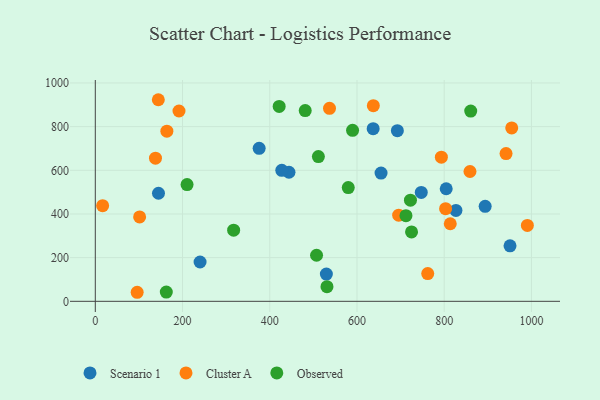
{"axis": {"x": "Price", "y": "Fuel Efficiency"}, "legend": ["Cluster A", "Observed", "Scenario 1"], "data": [{"x": "375.7", "y": 700.5, "type": "Scenario 1"}, {"x": "529.8", "y": 124.7, "type": "Scenario 1"}, {"x": "893.9", "y": 435.1, "type": "Scenario 1"}, {"x": "804.6", "y": 515.4, "type": "Scenario 1"}, {"x": "444.1", "y": 591.0, "type": "Scenario 1"}, {"x": "655.2", "y": 587.2, "type": "Scenario 1"}, {"x": "950.9", "y": 253.9, "type": "Scenario 1"}, {"x": "427.6", "y": 600.1, "type": "Scenario 1"}, {"x": "747.4", "y": 498.7, "type": "Scenario 1"}, {"x": "240.2", "y": 180.0, "type": "Scenario 1"}, {"x": "144.9", "y": 494.8, "type": "Scenario 1"}, {"x": "826.9", "y": 416.3, "type": "Scenario 1"}, {"x": "637.1", "y": 790.6, "type": "Scenario 1"}, {"x": "692.6", "y": 781.6, "type": "Scenario 1"}, {"x": "859.1", "y": 594.4, "type": "Cluster A"}, {"x": "990.7", "y": 347.5, "type": "Cluster A"}, {"x": "16.8", "y": 438.1, "type": "Cluster A"}, {"x": "537.0", "y": 883.8, "type": "Cluster A"}, {"x": "164.1", "y": 779.3, "type": "Cluster A"}, {"x": "941.8", "y": 676.5, "type": "Cluster A"}, {"x": "803.2", "y": 424.4, "type": "Cluster A"}, {"x": "191.9", "y": 871.5, "type": "Cluster A"}, {"x": "101.6", "y": 386.3, "type": "Cluster A"}, {"x": "954.8", "y": 794.2, "type": "Cluster A"}, {"x": "813.9", "y": 355.3, "type": "Cluster A"}, {"x": "637.5", "y": 896.0, "type": "Cluster A"}, {"x": "793.5", "y": 659.9, "type": "Cluster A"}, {"x": "762.2", "y": 127.2, "type": "Cluster A"}, {"x": "695.6", "y": 394.4, "type": "Cluster A"}, {"x": "138.0", "y": 655.4, "type": "Cluster A"}, {"x": "96.0", "y": 41.4, "type": "Cluster A"}, {"x": "144.5", "y": 923.2, "type": "Cluster A"}, {"x": "725.1", "y": 318.0, "type": "Observed"}, {"x": "507.3", "y": 210.9, "type": "Observed"}, {"x": "421.6", "y": 892.5, "type": "Observed"}, {"x": "580.0", "y": 520.7, "type": "Observed"}, {"x": "531.2", "y": 66.9, "type": "Observed"}, {"x": "722.6", "y": 463.2, "type": "Observed"}, {"x": "511.5", "y": 662.8, "type": "Observed"}, {"x": "712.3", "y": 392.4, "type": "Observed"}, {"x": "589.9", "y": 783.1, "type": "Observed"}, {"x": "317.2", "y": 325.7, "type": "Observed"}, {"x": "860.8", "y": 871.2, "type": "Observed"}, {"x": "481.3", "y": 873.7, "type": "Observed"}, {"x": "210.4", "y": 534.4, "type": "Observed"}, {"x": "162.8", "y": 42.5, "type": "Observed"}]}